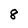
Character: 8